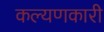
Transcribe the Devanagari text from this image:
कल्यणकारी